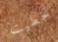
تخطيت